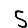
Digit: 5